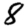
Digit: 8